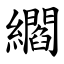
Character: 䌪